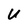
Character: U